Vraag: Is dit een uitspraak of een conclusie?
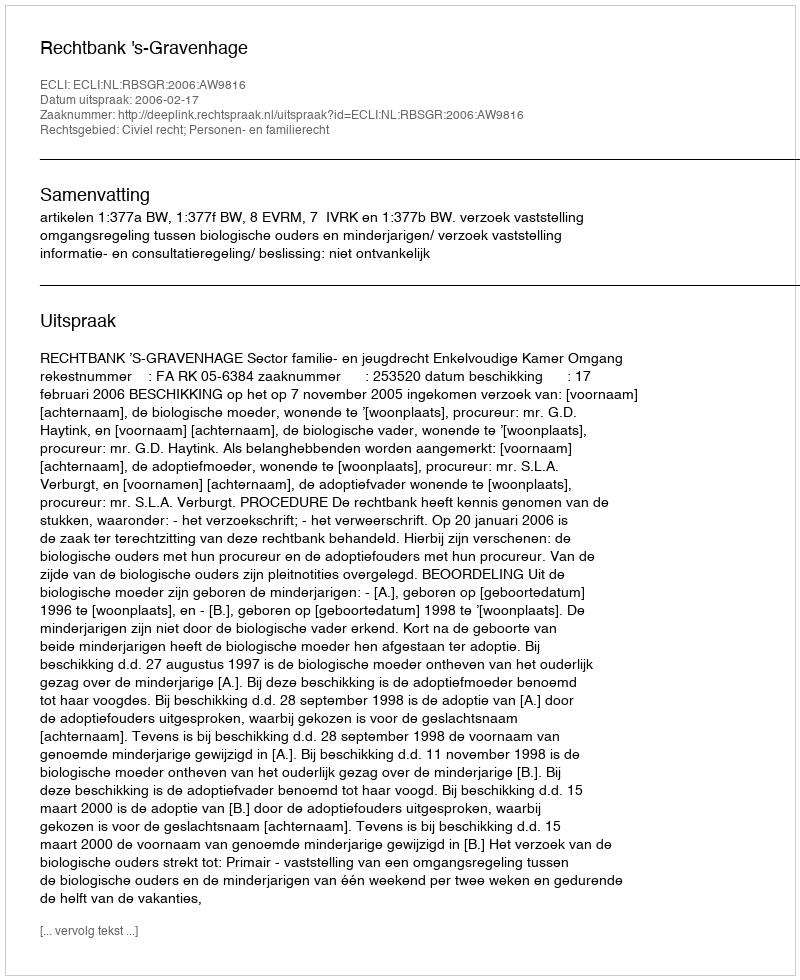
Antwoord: Uitspraak